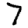
Digit: 7